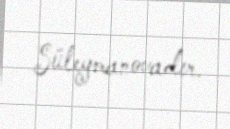
Süleymanovadır.